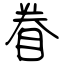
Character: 眷